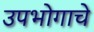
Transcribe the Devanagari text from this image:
उपभोगाचे